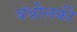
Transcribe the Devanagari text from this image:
बंधीलकी